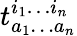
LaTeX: t_{a_{1}\ldots a_{n}}^{i_{1}\ldots i_{n}}